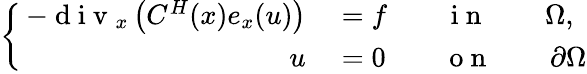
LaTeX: \left\{ \, \begin{array}{rl}{-\mathrm{~d~i~v~}_{x}\left(C^{H}(x)e_{x}(u)\right)}&{{}=f\qquad\mathrm{~i~n~}\qquad\Omega,}\\ {u}&{{}=0\qquad\mathrm{~o~n~}\qquad\partial\Omega}\end{array}\right.